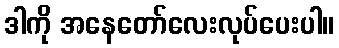
ဒါကို အနေတော်လေးလုပ်ပေးပါ။